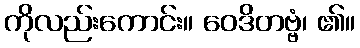
ကိုလည်းကောင်း။ ဝေဒိတဗ္ဗံ၊ ၏။